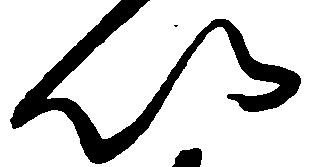
以